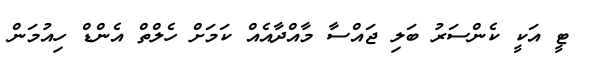
ޓީ އަކީ ކެންސަރު ބަލި ޖައްސާ މާއްދާއެއް ކަމަށް ހެލްތް އެންޑް ހިއުމަން